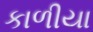
કાળીયા